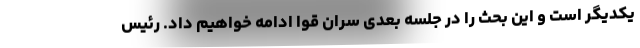
یکدیگر است و این بحث را در جلسه بعدی سران قوا ادامه خواهیم داد. رئیس